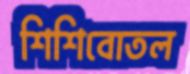
শিশিবোতল